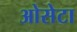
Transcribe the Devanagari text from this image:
ओसेटा